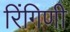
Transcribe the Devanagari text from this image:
रिंगिणी